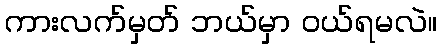
ကားလက်မှတ် ဘယ်မှာ ဝယ်ရမလဲ။